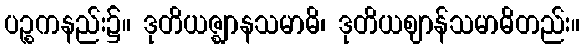
ပဉ္စကနည်း၌။ ဒုတိယဇ္ဈာနသမာဓိ၊ ဒုတိယဈာန်သမာဓိတည်း။